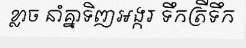
ខ្លាច នាំគ្នាទិញអង្ករ ទឹកត្រីទឹក